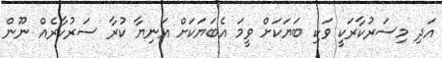
އަދި މިސަރުކާރަކީ ވަކި ބަޔަކަށް ވީމަ އެބަޔަކަށް އަނިޔާ ކުރާ ސަރުކާރެއް ނޫން